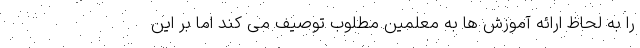
را به لحاظ ارائه آموزش ها به معلمین مطلوب توصیف می کند اما بر این